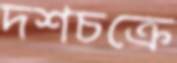
দশচক্রে